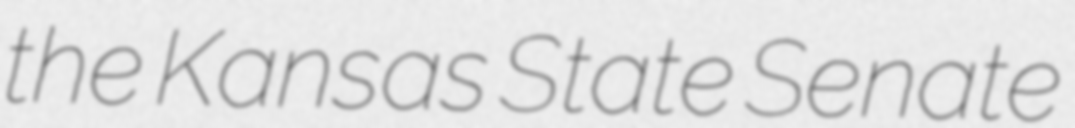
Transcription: the Kansas State Senate